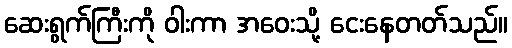
ဆေးရွက်ကြီးကို ဝါးကာ အဝေးသို့ ငေးနေတတ်သည်။